Civil Veterinary Dept. Bombay admin report 1932-41 - 1932-1941
Year: 1932
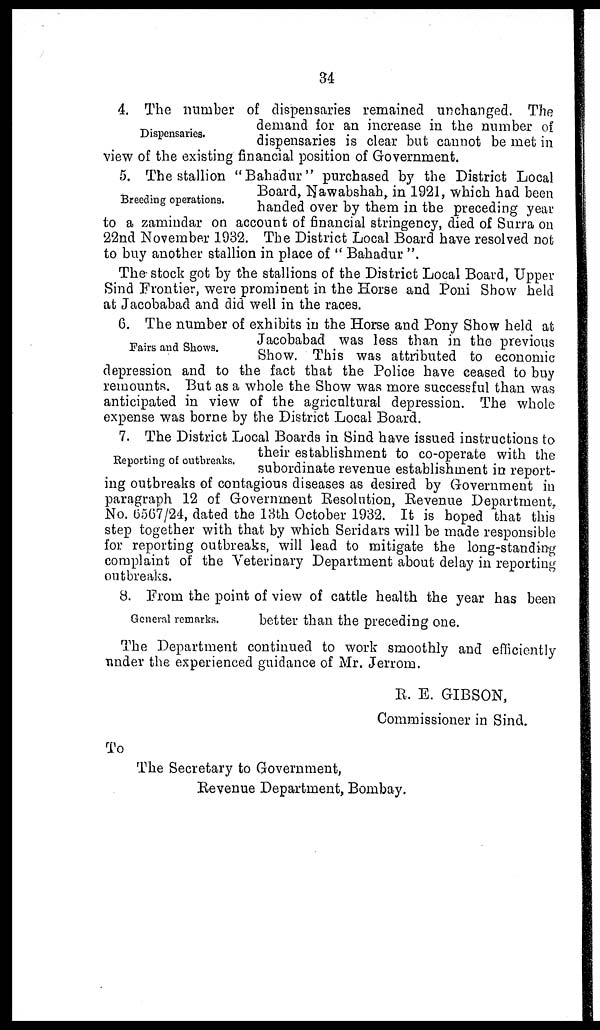
34
Dispensaries.
4. The number of dispensaries remained unchanged. The
demand for an increase in the number of
dispensaries is clear but cannot be met in
view of the existing financial position of Government.
Breeding operations.
5. The stallion " Bahadur " purchased by the District Local
Board, Nawabshah, in 1921, which had been
handed over by them in the preceding year
to a zamindar on account of financial stringency, died of Surra on
22nd November 1932. The District Local Board have resolved not
to buy another stallion in place of " Bahadur ".
The stock got by the stallions of the District Local Board, Upper
Sind Frontier, were prominent in the Horse and Poni Show held
at Jacobabad and did well in the races.
Fairs and Shows.
6. The number of exhibits in the Horse and Pony Show held at
Jacobabad was less than in the previous
Show. This was attributed to economic
depression and to the fact that the Police have ceased to buy
remounts. But as a whole the Show was more successful than was
anticipated in view of the agricultural depression. The whole
expense was borne by the District Local Board.
Reporting of outbreaks.
7. The District Local Boards in Sind have issued instructions to
their establishment to co-operate with the
subordinate revenue establishment in report-
ing outbreaks of contagious diseases as desired by Government in
paragraph 12 of Government Resolution, Revenue Department,
No. 6567/24, dated the 13th October 1932. It is hoped that this
step together with that by which Seridars will be made responsible
for reporting outbreaks, will lead to mitigate the long-standing
complaint of the Veterinary Department about delay in reporting
outbreaks.
General remarks.
8. From the point of view of cattle health the year has been
better than the preceding one.
The Department continued to work smoothly and efficiently
under the experienced guidance of Mr. Jerrom.
R. E. GIBSON,
Commissioner in Sind.
To
The Secretary to Government,
Revenue Department, Bombay.